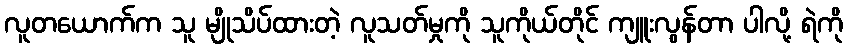
လူတယောက်က သူ မျိုသိပ်ထားတဲ့ လူသတ်မှုကို သူကိုယ်တိုင် ကျူးလွန်တာ ပါလို့ ရဲကို